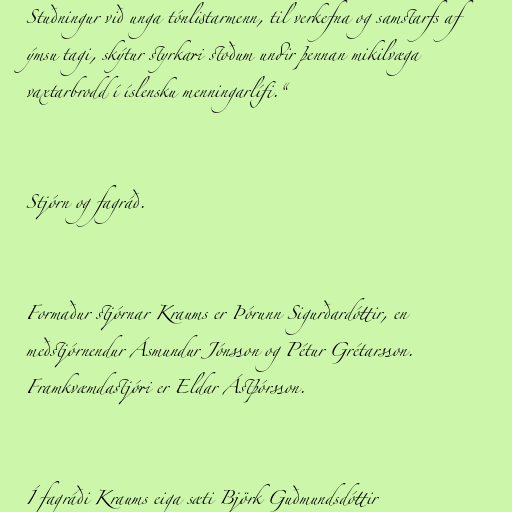
Stuðningur við unga tónlistarmenn, til verkefna og samstarfs af
ýmsu tagi, skýtur styrkari stoðum undir þennan mikilvæga
vaxtarbrodd í íslensku menningarlífi.“

Stjórn og fagráð.

Formaður stjórnar Kraums er Þórunn Sigurðardóttir, en
meðstjórnendur Ásmundur Jónsson og Pétur Grétarsson.
Framkvæmdastjóri er Eldar Ástþórsson.

Í fagráði Kraums eiga sæti Björk Guðmundsdóttir